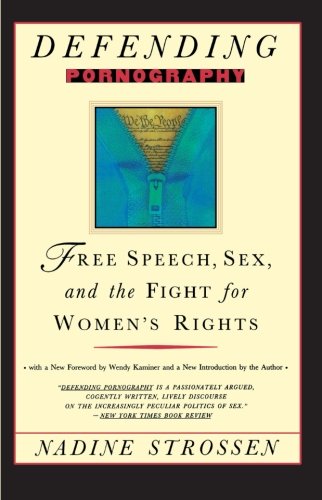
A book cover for Defending Pornography: Free Speech, Sex, and the Fight for Women's Rights; Nadine Strossen; Law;